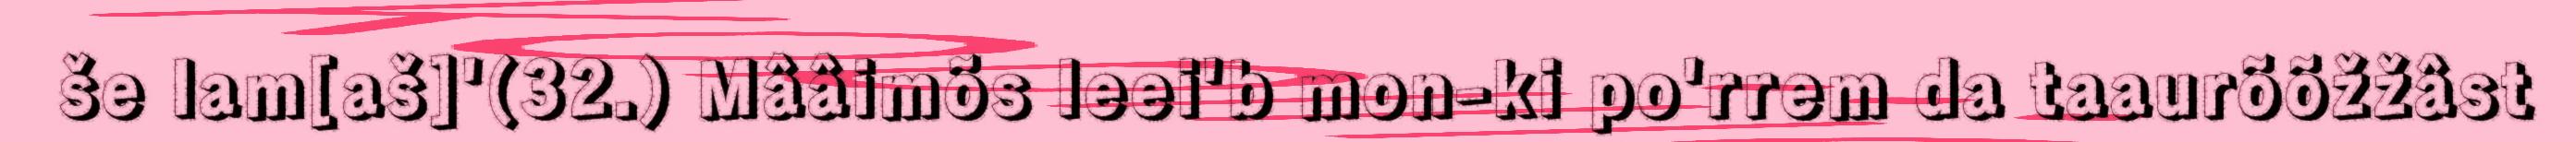
še lam[aš]'(32.) Mââimõs leei'b mon-ki po'rrem da taaurõõžžâst